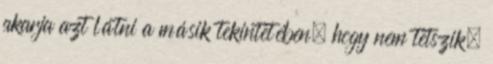
akarja azt látni a másik tekintetében, hogy nem tetszik.